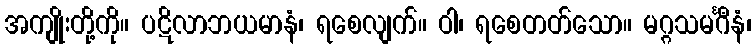
အကျိုးတို့ကို။ ပဋိလာဘယမာနံ၊ ရစေလျက်။ ဝါ၊ ရစေတတ်သော။ မဂ္ဂသမင်္ဂီနံ၊